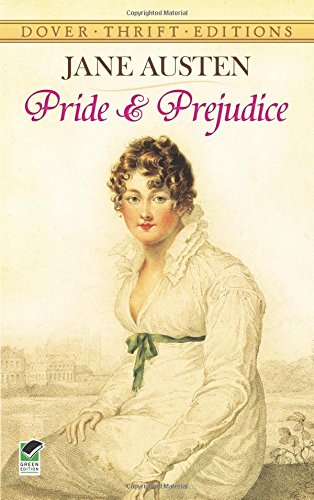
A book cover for Pride and Prejudice (Dover Thrift Editions); Jane Austen; Romance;